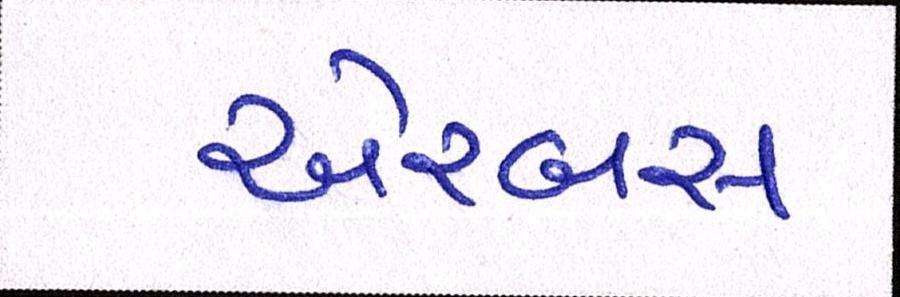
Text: એરબસ